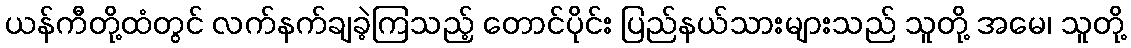
ယန်ကီတို့ထံတွင် လက်နက်ချခဲ့ကြသည့် တောင်ပိုင်း ပြည်နယ်သားများသည် သူတို့ အမေ၊ သူတို့